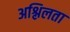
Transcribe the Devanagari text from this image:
अश्लिलता